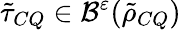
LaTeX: \tilde{\tau}_{CQ}\in\mathcal{B}^{\varepsilon}(\tilde{\rho}_{CQ})